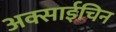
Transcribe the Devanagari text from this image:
अक्साईचिन